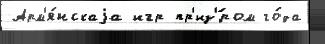
Арм'я́нскаjа игр пр'из'́ром го́да